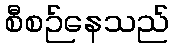
စီစဉ်နေသည်